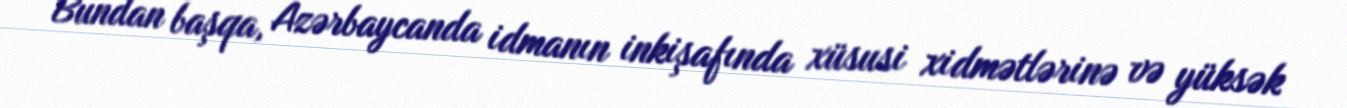
Bundan başqa, Azərbaycanda idmanın inkişafında xüsusi xidmətlərinə və yüksək